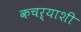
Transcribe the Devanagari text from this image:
कचऱ्याशी